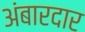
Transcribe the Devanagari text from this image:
अंबारदार